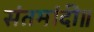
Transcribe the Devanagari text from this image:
संतमांदी॥